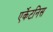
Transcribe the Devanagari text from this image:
एर्केटनिस